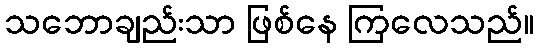
သဘောချည်းသာ ဖြစ်နေ ကြလေသည်။